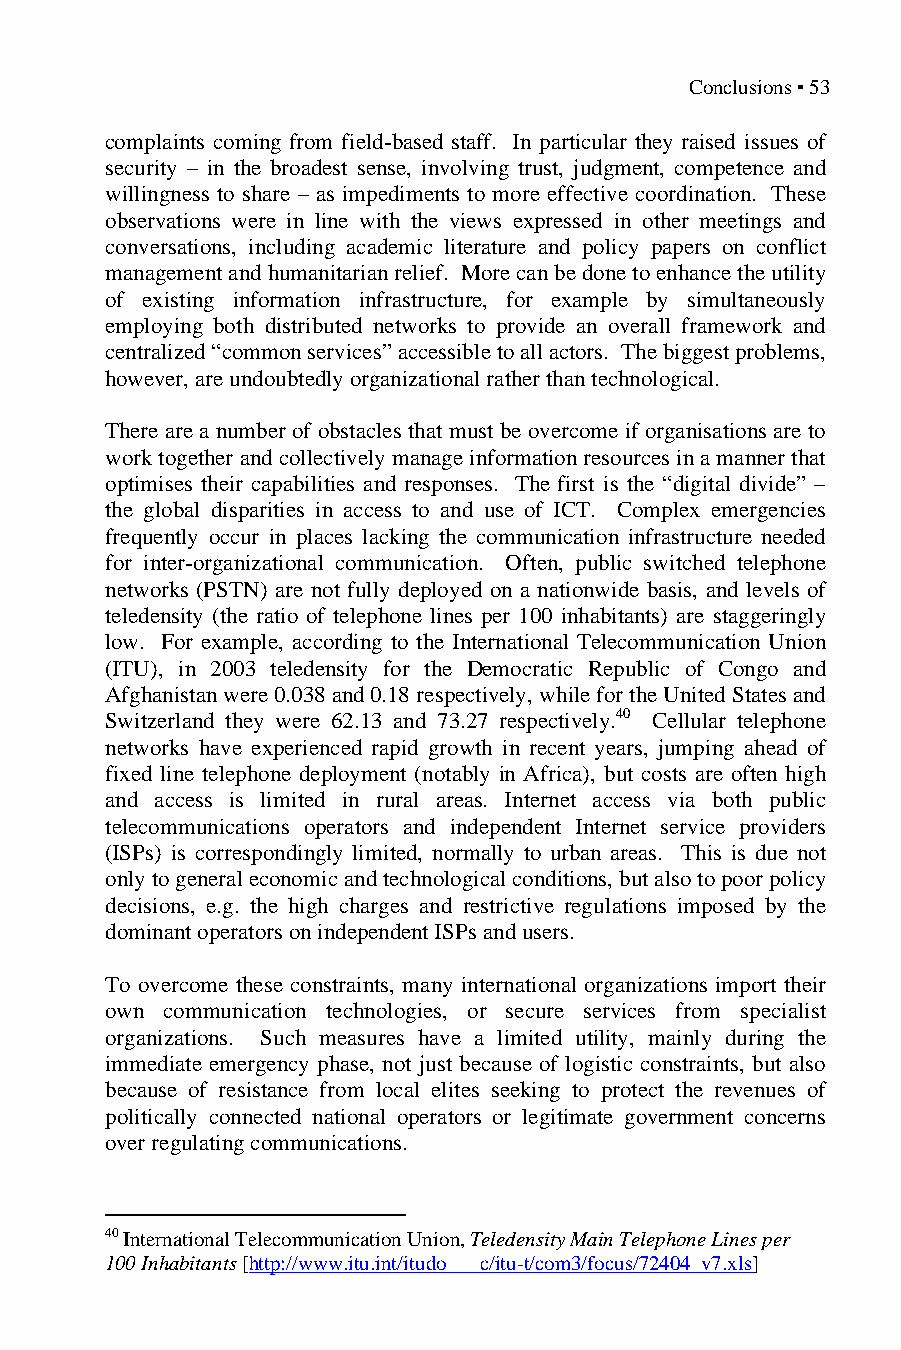
Conclusions ▪ 53
 complaints coming from field-based staff. In particular they raised issues of
 security – in the broadest sense, involving trust, judgment, competence and
 willingness to share – as impediments to more effective coordination. These
 observations were in line with the views expressed in other meetings and
 conversations, including academic literature and policy papers on conflict
 management and humanitarian relief. More can be done to enhance the utility
 of existing information infrastructure, for example by simultaneously
 employing both distributed networks to provide an overall framework and
 centralized “common services” accessible to all actors. The biggest problems,
 however, are undoubtedly organizational rather than technological.
 There are a number of obstacles that must be overcome if organisations are to
 work together and collectively manage information resources in a manner that
 optimises their capabilities and responses. The first is the “digital divide” –
 the global disparities in access to and use of ICT. Complex emergencies
 frequently occur in places lacking the communication infrastructure needed
 for inter-organizational communication. Often, public switched telephone
 networks (PSTN) are not fully deployed on a nationwide basis, and levels of
 teledensity (the ratio of telephone lines per 100 inhabitants) are staggeringly
 low. For example, according to the International Telecommunication Union
 (ITU), in 2003 teledensity for the Democratic Republic of Congo and
 Afghanistan were 0.038 and 0.18 respectively, while for the United States and
 Switzerland they were 62.13 and 73.27 respectively.40 Cellular telephone
 networks have experienced rapid growth in recent years, jumping ahead of
 fixed line telephone deployment (notably in Africa), but costs are often high
 and access is limited in rural areas. Internet access via both public
 telecommunications operators and independent Internet service providers
 (ISPs) is correspondingly limited, normally to urban areas. This is due not
 only to general economic and technological conditions, but also to poor policy
 decisions, e.g. the high charges and restrictive regulations imposed by the
 dominant operators on independent ISPs and users.
 To overcome these constraints, many international organizations import their
 own communication technologies, or secure services from specialist
 organizations. Such measures have a limited utility, mainly during the
 immediate emergency phase, not just because of logistic constraints, but also
 because of resistance from local elites seeking to protect the revenues of
 politically connected national operators or legitimate government concerns
 over regulating communications.
 40 International Telecommunication Union, Teledensity Main Telephone Lines per
 100 Inhabitants [http://www.itu.int/itudo c/itu-t/com3/focus/72404_v7.xls]